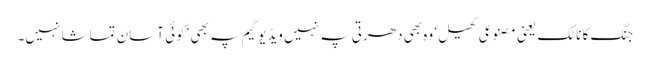
جنگ کا ناٹک یعنی مصنوعی کھیل‘ وہ بھی دھرتی پہ نہیں ویڈیو گیم پہ بھی‘ کوئی آسان تماشا نہیں۔